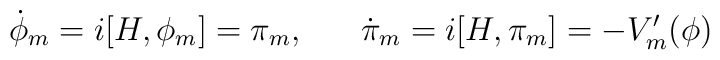
\dot{\phi}_{m} = i [H,\phi_{m}] = \pi_{m}, \; \; \; \; \; \; \dot{\pi}_{m} = i [H, \pi_{m}] = - V'_{m}(\phi)